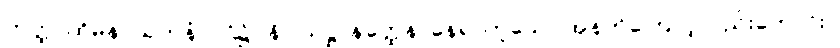
တတ္ထ၊ ထိုမနာယတနံ ပါဌ်၌။ နိဝါသဋ္ဌာနတ္ထေန၊ နေရာဟူသော အနက်ကြောင့်လည်းကောင်း။